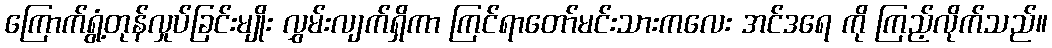
ကြောက်ရွံ့တုန်လှုပ်ခြင်းမျိုး လွှမ်းလျက်ရှိကာ ကြင်ရာတော်မင်းသားကလေး အင်ဒရေ ကို ကြည့်လိုက်သည်။